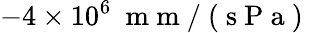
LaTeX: -4\times 10^{6}~\mathrm{~m~m~}/\mathrm{~(~s~P~a~)~}